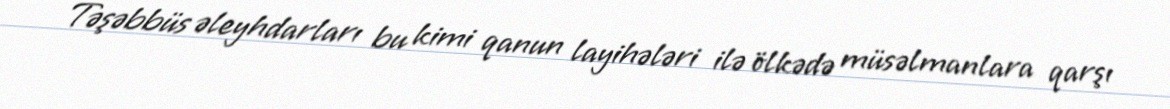
Təşəbbüs əleyhdarları bu kimi qanun layihələri ilə ölkədə müsəlmanlara qarşı